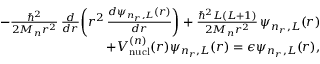
\begin{array} { r l r } & { } & { - \frac { \hbar ^ { 2 } } { 2 M _ { n } r ^ { 2 } } \, \frac { d } { d r } \bigg ( r ^ { 2 } \, \frac { d \psi _ { n _ { r } , L } ( r ) } { d r } \bigg ) + \frac { \hbar ^ { 2 } L ( L + 1 ) } { 2 M _ { n } r ^ { 2 } } \, \psi _ { n _ { r } , L } ( r ) } \\ & { } & { \; \; + V _ { \mathrm { n u c l } } ^ { ( n ) } ( r ) \psi _ { n _ { r } , L } ( r ) = \epsilon \psi _ { n _ { r } , L } ( r ) , } \end{array}